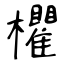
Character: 欋